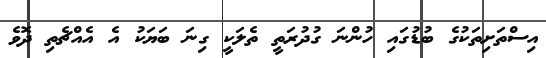
އިސްތަށިތަކުގެ ބުޑުގައި ހުންނަ ގުދުރަތީ ތެލަކީ ގިނަ ބަޔަކު އެ އެއްޗެތި ދޮވެ